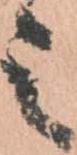
之